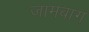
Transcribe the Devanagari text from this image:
जामबाग